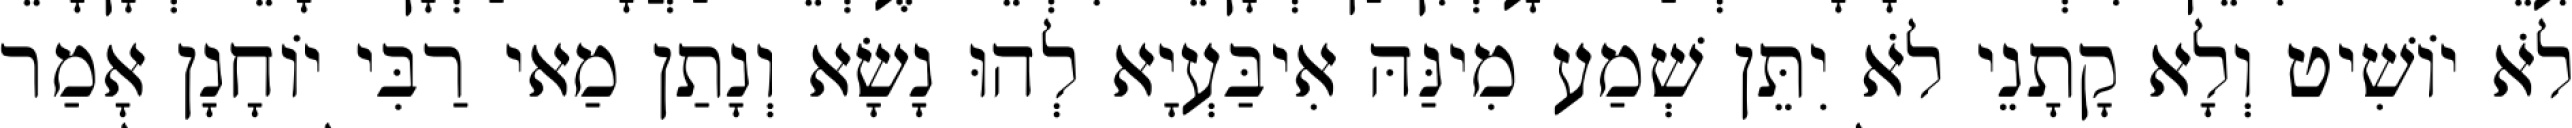
לֹא יוֹשִׁיט וְלָא קָתָנֵי לֹא יִתֵּן שְׁמַע מִינַּהּ אִיבַּעְיָא לְהוּ נָשָׂא וְנָתַן מַאי רַבִּי יוֹחָנָן אָמַר